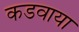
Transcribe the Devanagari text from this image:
कडवाया